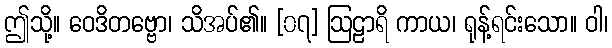
ဤသို့။ ဝေဒိတဗ္ဗော၊ သိအပ်၏။ [၀၇] ဩဠာရိ ကာယ၊ ရုန့်ရင်းသော။ ဝါ၊